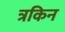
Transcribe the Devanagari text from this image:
त्रकिन